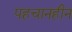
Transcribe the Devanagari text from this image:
पहचानहीन